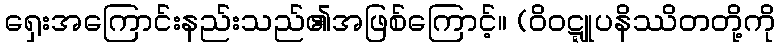
ရှေးအကြောင်းနည်းသည်၏အဖြစ်ကြောင့်။ (ဝိဝဋ္ဋူပနိဿိတတို့ကို